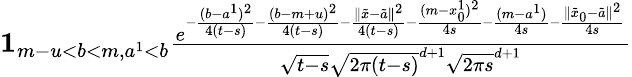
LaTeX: \begin{array}{r}{{\mathbf 1}_{m-u<b<m,a^{1}<b}\frac{e^{-\frac{(b-a^{1})^{2}}{4(t-s)}-\frac{(b-m+u)^{2}}{4(t-s)}-\frac{\| \tilde{x}-\tilde{a}\| ^{2}}{4(t-s)}-\frac{(m-x_{0}^{1})^{2}}{4s}-\frac{(m-a^{1})}{4s}-\frac{\| \tilde{x}_{0}-\tilde{a}\| ^{2}}{4s}}}{\sqrt{t-s}\sqrt{2\pi(t-s)}^{d+1}\sqrt{2\pi s}^{d+1}}}\end{array}